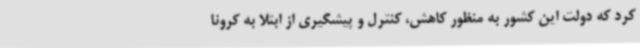
کرد که دولت این کشور به منظور کاهش، کنترل و پیشگیری از ابتلا به کرونا